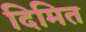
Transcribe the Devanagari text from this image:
दिमित